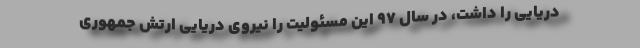
دریایی را داشت، در سال 97 این مسئولیت را نیروی دریایی ارتش جمهوری